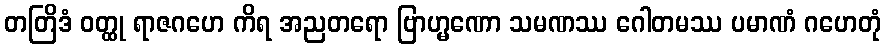
တတြိဒံ ဝတ္ထု ရာဇဂဟေ ကိရ အညတရော ဗြာဟ္မဏော သမဏဿ ဂေါတမဿ ပမာဏံ ဂဟေတုံ